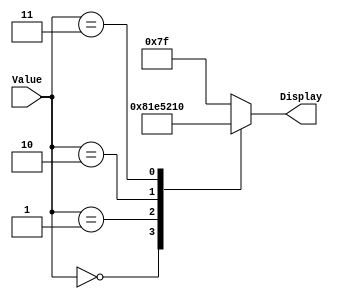
module seg7DisplayforThird
(
	input [2:0] Value,
	output reg [6:0] Display
);

always@(Value)
		case(Value)
			3'b000: Display[6:0] = 7'b1000000; //0
			3'b001: Display[6:0] = 7'b1111001; //1
			3'b010: Display[6:0] = 7'b0100100; //2
			3'b011: Display[6:0] = 7'b0010000; //g
			default: Display[6:0] = 7'b1111111; // OFf
		endcase	
		
endmodule